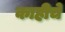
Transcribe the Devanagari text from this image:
काहीचे